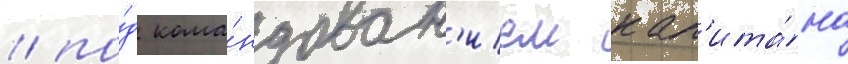
/ по́д кома́ндован'ием кап'ита́на